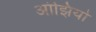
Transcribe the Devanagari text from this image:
आंझियो